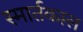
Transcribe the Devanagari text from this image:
स्मार्तकाल